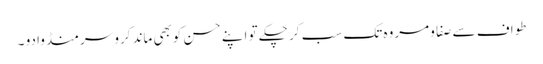
طواف سے صفا و مروہ تک سب کر چکے تو اپنے حسن کوبھی ماند کرو سر منڈوا دو ۔